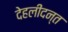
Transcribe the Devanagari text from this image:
देहलीदन्त